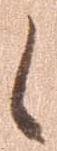
候